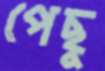
পেছু